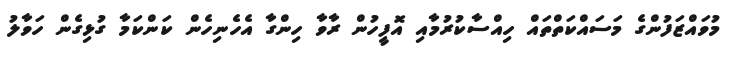
މުވައްޒަފުންގެ މަސައްކަތްތައް ހިއްސާކުރުމާއި އޮފީހުން ރާވާ ހިންގާ އެހެނިހެން ކަންކަމާ ގުޅިގެން ހަވާލު